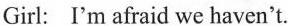
Girl:I'm afraid we haven't.